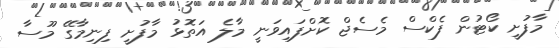
މާފުށީ ކޯޓުން ފެކްސް މެސެޖް ކޮށްފައިވަނީ މާލެ އަތޮޅު މާފުށީ ފިނިމާގޭ މޫސާ